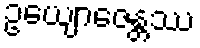
ဥယျောဇေန္တဿ